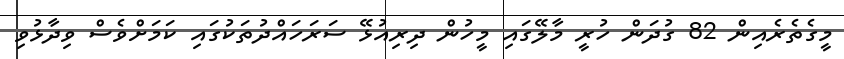
މީގެތެރެއިން 82 ގުދަން ހުރީ މާލޭގައި މީހުން ދިރިއުޅޭ ސަރަހައްދުތަކުގައި ކަމަށްވެސް ވިދާޅުވި